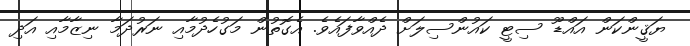
ޔަޤީންކަން އައްޑޫ ސިޓީ ކައުންސިލަށް ދެއްވާފައެވެ. އެގޮތުން މަގުހެދުމާއި ނަރުދަމާ ނިޒާމާއި އަދި